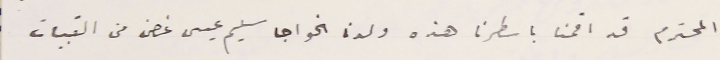
المحترم قد اقمنا باسطرنا هذه ولدنا الخواجا سليم عيسى غصن من القبيات